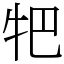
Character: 㸭